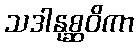
သဒါနုစ္ဆဝိကာ